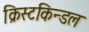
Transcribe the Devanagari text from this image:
क्रिस्टकिन्डल